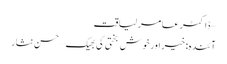
– ڈاکٹر عامر لیاقت
آئندہ: خیر اور خوش بختی کی بھیک – حسن نثار